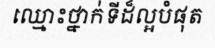
ឈ្មោះថ្នាក់ទីដ៏ល្អបំផុត